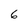
Character: 6